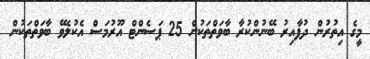
މީގެ އިތުރުން ދުފާއިރު ބޭނުންކުރާ ބާވަތްތަކުން 25 ޕަސެންޓް އޫރުމަސް އެކުލެވޭ ބާވަތްތަކުން